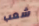
شعب